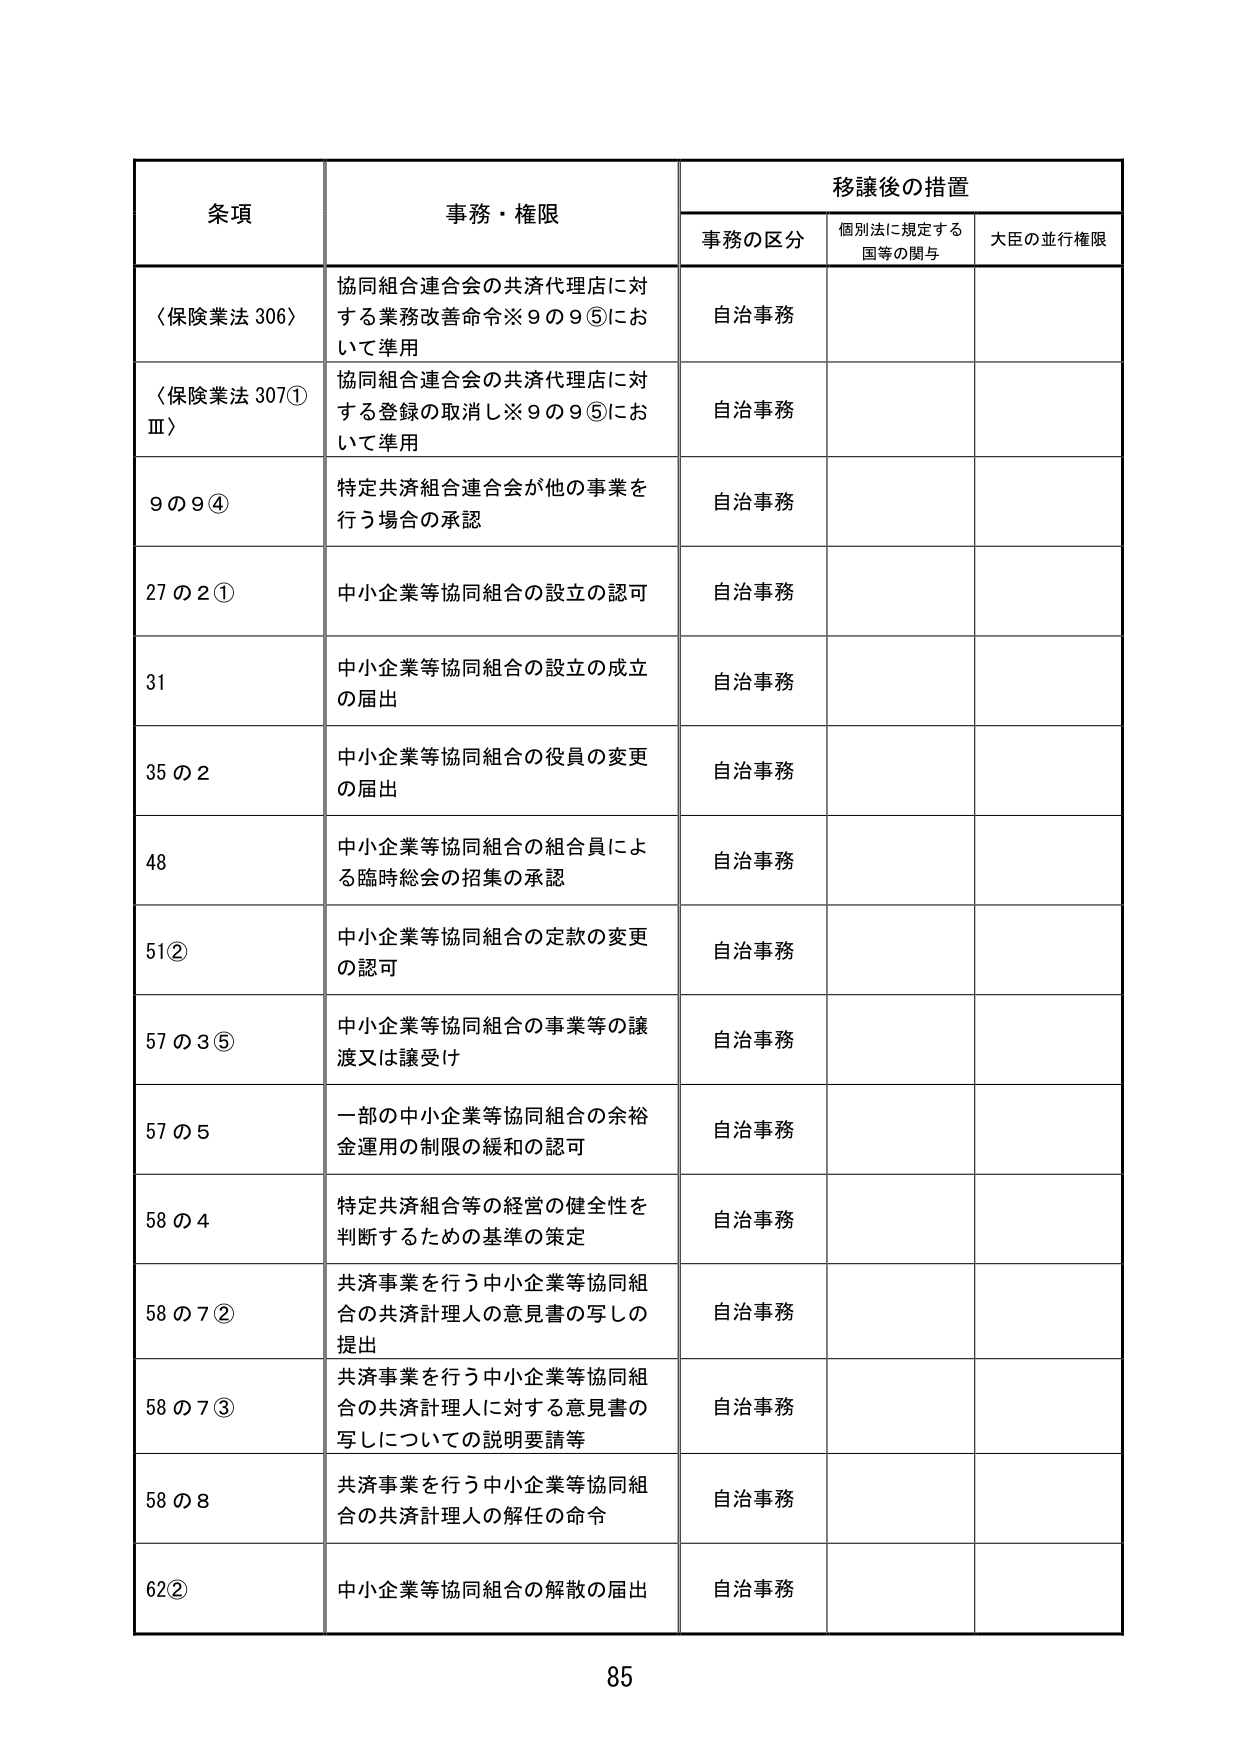
条項 事務・権限 移譲後の措置
事務の区分 個別法に規定する国等の関与 大臣の並行権限
〈保険業法 306〉 協同組合連合会の共済代理店に対する業務改善命令※9の9⑤において準用 自治事務
〈保険業法 307①Ⅲ〉 協同組合連合会の共済代理店に対する登録の取消し※9の9⑤において準用 自治事務
9の9④ 特定共済組合連合会が他の事業を行う場合の承認 自治事務
27の2① 中小企業等協同組合の設立の認可 自治事務
31 中小企業等協同組合の設立の成立の届出 自治事務
35の2 中小企業等協同組合の役員の変更の届出 自治事務
48 中小企業等協同組合の組合員による臨時総会の招集の承認 自治事務
51② 中小企業等協同組合の定款の変更の認可 自治事務
57の3⑤ 中小企業等協同組合の事業等の譲渡又は譲受け 自治事務
57の5 一部の中小企業等協同組合の余裕金運用の制限の緩和の認可 自治事務
58の4 特定共済組合等の経営の健全性を判断するための基準の策定 自治事務
58の7② 共済事業を行う中小企業等協同組合の共済計理人の意見書の写しの提出 自治事務
58の7③ 共済事業を行う中小企業等協同組合の共済計理人に対する意見書の写しについての説明要請等 自治事務
58の8 共済事業を行う中小企業等協同組合の共済計理人の解任の命令 自治事務
62② 中小企業等協同組合の解散の届出 自治事務
85